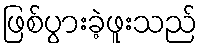
ဖြစ်ပွားခဲ့ဖူးသည်